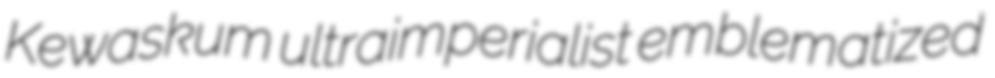
Kewaskum ultraimperialist emblematized